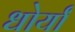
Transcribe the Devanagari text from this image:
धोर्यां